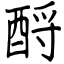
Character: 酹